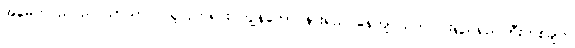
အမေက ညင်ညင်သာသာပဲ ယူလိုက်ရင်း ကျွန်တော် နားရည်ဝနေကျ သက်ပြင်းရှည်ရှည်ကြီးတစ်ချက်